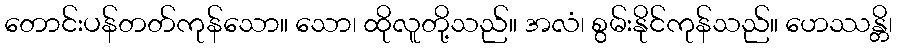
တောင်းပန်တတ်ကုန်သော။ သော၊ ထိုလူတို့သည်။ အလံ၊ စွမ်းနိုင်ကုန်သည်။ ဟေဿန္တိ၊